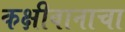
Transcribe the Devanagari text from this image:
कक्षीवानाचा